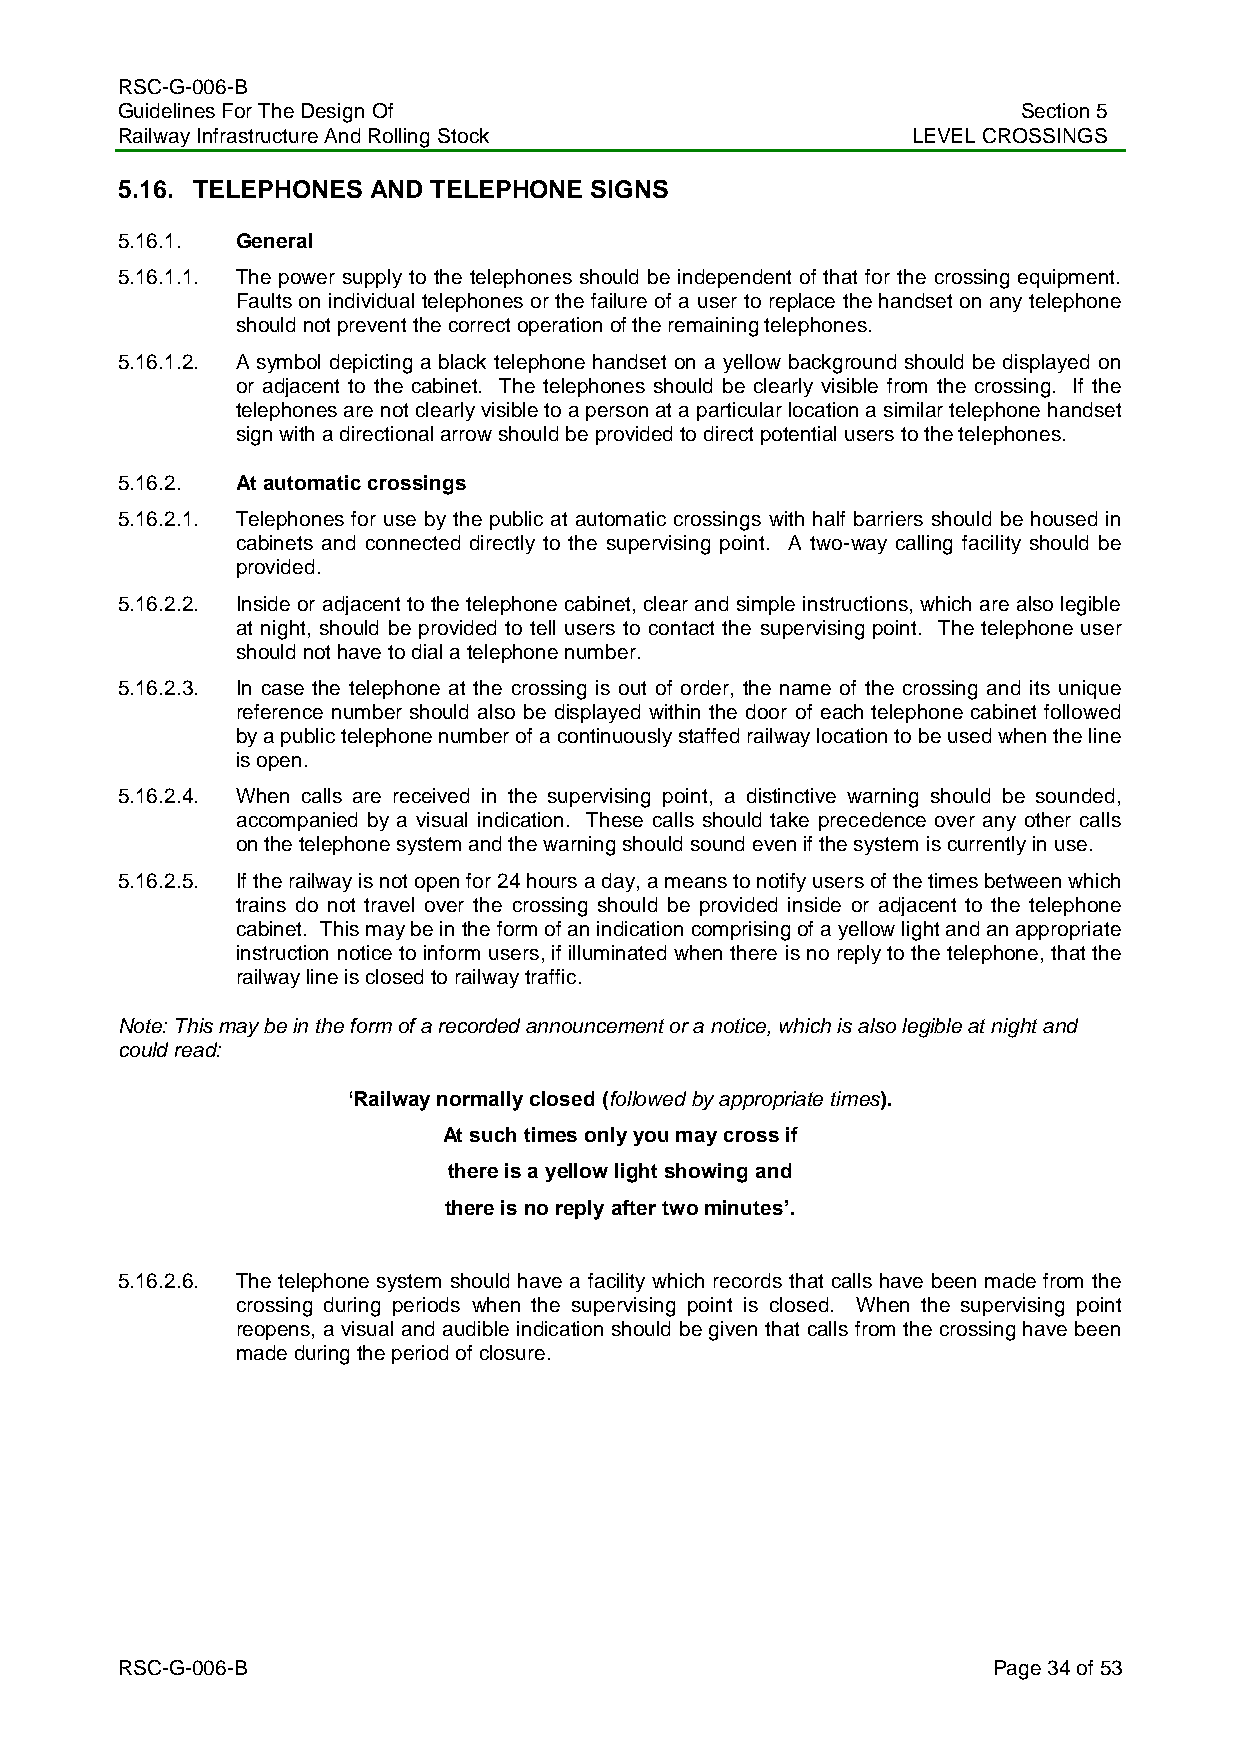
RSC-G-006-B
 Guidelines For The Design Of                                Section 5
 Railway Infrastructure And Rolling Stock            LEVEL CROSSINGS
 5.16. TELEPHONES AND TELEPHONE SIGNS
 5.16.1. General
 5.16.1.1. The power supply to the telephones should be independent of that for the crossing equipment.
 Faults on individual telephones or the failure of a user to replace the handset on any telephone
 should not prevent the correct operation of the remaining telephones.
 5.16.1.2. A symbol depicting a black telephone handset on a yellow background should be displayed on
 or adjacent to the cabinet. The telephones should be clearly visible from the crossing. If the
 telephones are not clearly visible to a person at a particular location a similar telephone handset
 sign with a directional arrow should be provided to direct potential users to the telephones.
 5.16.2. At automatic crossings
 5.16.2.1. Telephones for use by the public at automatic crossings with half barriers should be housed in
 cabinets and connected directly to the supervising point. A two-way calling facility should be
 provided.
 5.16.2.2. Inside or adjacent to the telephone cabinet, clear and simple instructions, which are also legible
 at night, should be provided to tell users to contact the supervising point. The telephone user
 should not have to dial a telephone number.
 5.16.2.3. In case the telephone at the crossing is out of order, the name of the crossing and its unique
 reference number should also be displayed within the door of each telephone cabinet followed
 by a public telephone number of a continuously staffed railway location to be used when the line
 is open.
 5.16.2.4. When calls are received in the supervising point, a distinctive warning should be sounded,
 accompanied by a visual indication. These calls should take precedence over any other calls
 on the telephone system and the warning should sound even if the system is currently in use.
 5.16.2.5. If the railway is not open for 24 hours a day, a means to notify users of the times between which
 trains do not travel over the crossing should be provided inside or adjacent to the telephone
 cabinet. This may be in the form of an indication comprising of a yellow light and an appropriate
 instruction notice to inform users, if illuminated when there is no reply to the telephone, that the
 railway line is closed to railway traffic.
 Note: This may be in the form of a recorded announcement or a notice, which is also legible at night and
 could read:
 ‘Railway normally closed (followed by appropriate times).
 At such times only you may cross if
 there is a yellow light showing and
 there is no reply after two minutes’.
 5.16.2.6. The telephone system should have a facility which records that calls have been made from the
 crossing during periods when the supervising point is closed. When the supervising point
 reopens, a visual and audible indication should be given that calls from the crossing have been
 made during the period of closure.
 RSC-G-006-B                                               Page 34 of 53